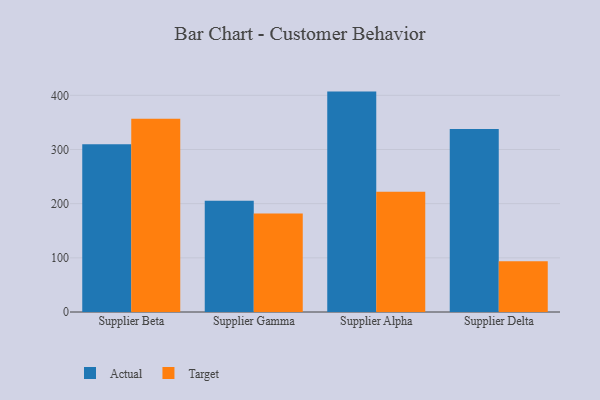
{"axis": {"x": "Supplier", "y": "Headcount"}, "legend": ["Actual", "Target"], "data": [{"x": "Supplier Beta", "y": 309.5, "type": "Actual"}, {"x": "Supplier Beta", "y": 356.9, "type": "Target"}, {"x": "Supplier Gamma", "y": 205.3, "type": "Actual"}, {"x": "Supplier Gamma", "y": 181.8, "type": "Target"}, {"x": "Supplier Alpha", "y": 406.9, "type": "Actual"}, {"x": "Supplier Alpha", "y": 221.8, "type": "Target"}, {"x": "Supplier Delta", "y": 338.0, "type": "Actual"}, {"x": "Supplier Delta", "y": 93.5, "type": "Target"}]}